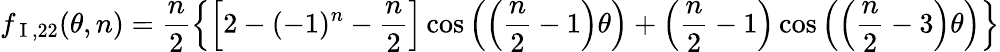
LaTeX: f_{\mathrm{~I~},22}(\theta,n)=\frac{n}{2}\left\{ \left[2-(-1)^{n}-\frac{n}{2}\right]\cos\left(\left(\frac{n}{2}-1\right)\theta\right)+\left(\frac{n}{2}-1\right)\cos\left(\left(\frac{n}{2}-3\right)\theta\right)\right\}